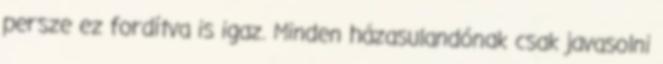
persze ez fordítva is igaz. Minden házasulandónak csak javasolni